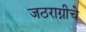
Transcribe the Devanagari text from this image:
जठराग्नीचे